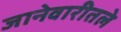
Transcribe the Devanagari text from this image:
जानेवारीतले